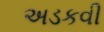
અડકવી